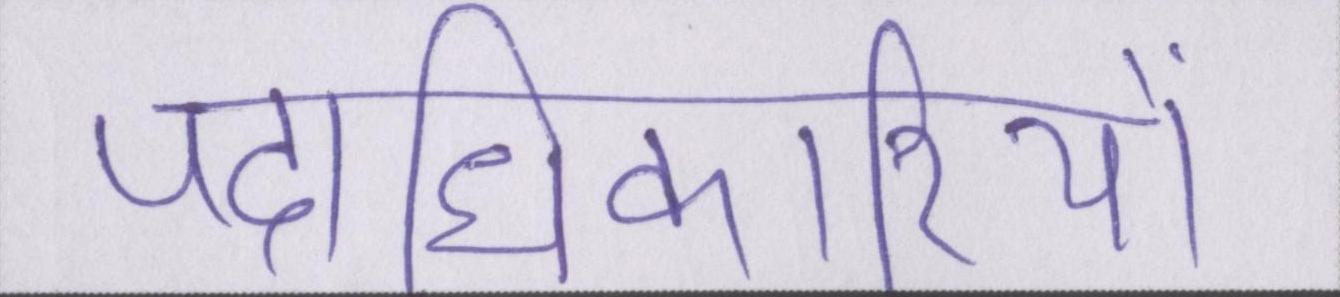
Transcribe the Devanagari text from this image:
पदाधिकारियों